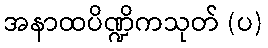
အနာထပိဏ္ဍိကသုတ် (ပ)